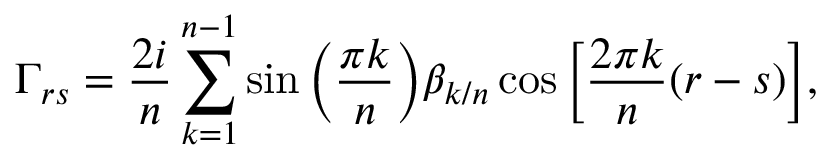
\Gamma _ { r s } = \frac { 2 i } { n } \sum _ { k = 1 } ^ { n - 1 } \sin \bigg ( \frac { \pi k } { n } \bigg ) \beta _ { k / n } \cos \bigg [ \frac { 2 \pi k } { n } ( r - s ) \bigg ] ,